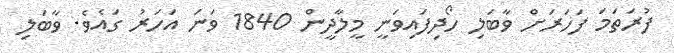
ފުރަތަމަ ފަހަރަށް ވާބަލި ހޯދިފައިވަނީ މީލާދީން 1840 ވަނަ އަހަރު ގައެވެ. ވާބަލި